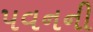
પવનની